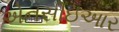
એનસીઇઆર